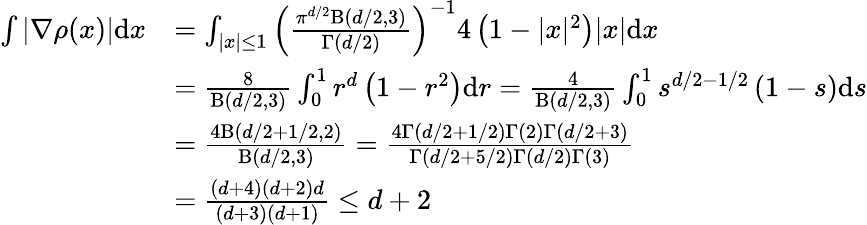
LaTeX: \begin{array}{rl}{\int|\nabla\rho(x)|\mathrm{d}x}&{=\int_{|x|\le 1}\left(\frac{\pi^{d/2}\mathrm{B}(d/2,3)}{\Gamma(d/2)}\right)^{-1}4\left(1-|x|^{2}\right)|x|\mathrm{d}x}\\ &{=\frac{8}{\mathrm{B}(d/2,3)}\int_{0}^{1}r^{d}\left(1-r^{2}\right)\mathrm{d}r=\frac{4}{\mathrm{B}(d/2,3)}\int_{0}^{1}s^{d/2-1/2}\left(1-s\right)\mathrm{d}s}\\ &{=\frac{4\mathrm{B}(d/2+1/2,2)}{\mathrm{B}(d/2,3)}=\frac{4\Gamma(d/2+1/2)\Gamma(2)\Gamma(d/2+3)}{\Gamma(d/2+5/2)\Gamma(d/2)\Gamma(3)}}\\ &{=\frac{(d+4)(d+2)d}{(d+3)(d+1)}\le d+2}\end{array}